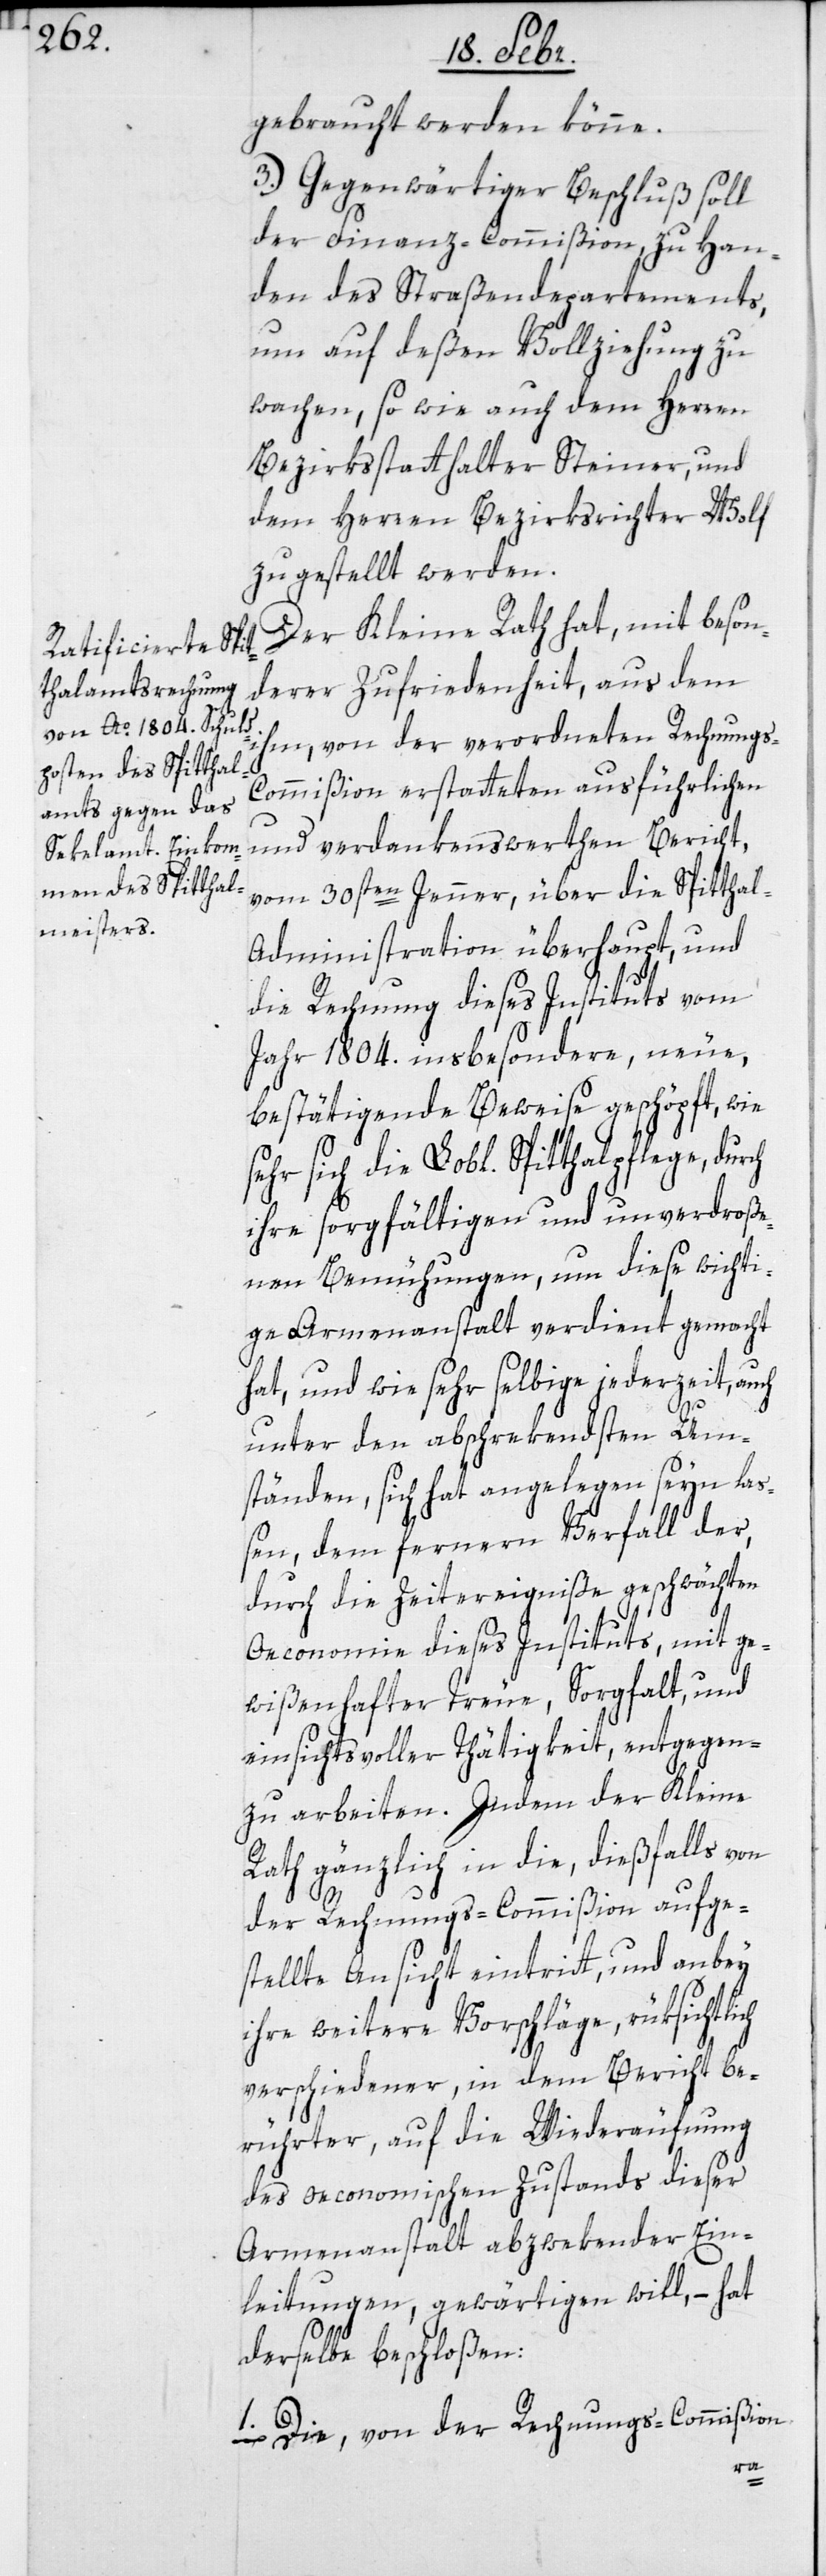
gebraucht werden könne.
3.) Gegenwärtiger Beschluß soll
der Finanz-Commißion, zu Han¬
den des Straßendepartements,
um auf deßen Vollziehung zu
wachen, so wie auch dem Herren
Bezirksstatthalter Steiner, und
dem Herren Bezirksrichter Wolf
zugestellt werden.
Der Kleine Rath hat, mit beson¬
derer Zufriedenheit, aus dem
ihm, von der verordneten Rechnung¬
s-Commißion erstatteten ausführlichen
und verdankenswerthen Bericht
vom 30sten Jenner, über die Spittha¬
l-Administration überhaupt, und
die Rechnung dieses Instituts vom
Jahr 1804. insbesondere, neue,
bestätigende Beweise geschöpft, wie
sehr sich die Lobl. Spitthalpflege, durch
ihre sorgfältigen und unverdroße¬
nen Bemühungen, um diese wichti¬
ge Armenanstalt verdient gemacht
hat, und wie sehr selbige jederzeit, auch
unter den abschrekendsten Um¬
ständen, sich hat angelegen seyn laß¬
en, dem ferneren Verfall der,
durch die Zeitereigniße geschwächten
Oeconomie dieses Instituts, mit ge¬
wißenhafter Treue, Sorgfalt und
einsichtsvoller Tätigkeit, entgegen
zu arbeiten. Indem der Kleine
Rath gänzlich in die, dießfalls von
der Rechnungscommißion aufge¬
stellte Ansicht eintritt, und anbey
ihre weitere Vorschläge, rüksichtlich
verschiedener, in dem Bericht be¬
rührter, auf die Wiederäufnung
des oeconomischen Zustands dieser
Armenanstalt abzwekender Ein¬
leitungen, gewärtigen will, – hat
derselbe beschloßen:
1. Die von der Rechnungscommißion